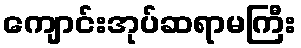
ကျောင်းအုပ်ဆရာမကြီး